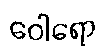
ဝေါရော